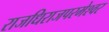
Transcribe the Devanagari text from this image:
राजधिराजपरमेश्वर